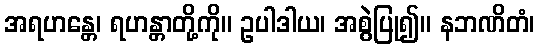
အရဟန္တေ၊ ရဟန္တာတို့ကို။ ဥပါဒါယ၊ အစွဲပြု၍။ နဘဏိတံ၊